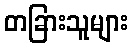
တခြားသူများ